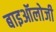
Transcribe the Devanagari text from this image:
बाइऑलोजी